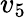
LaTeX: v_{5}